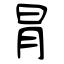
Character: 冐